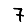
Digit: 7